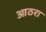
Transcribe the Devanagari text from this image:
आठरा